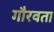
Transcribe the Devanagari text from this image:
गौरवता